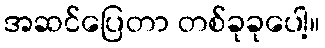
အဆင်ပြေတာ တစ်ခုခုပေါ့။